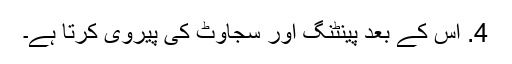
4. اس کے بعد پینٹنگ اور سجاوٹ کی پیروی کرتا ہے۔